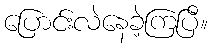
ပြောင်းလဲနေခဲ့ကြပြီ။